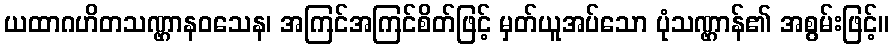
ယထာဂဟိတသဏ္ဌာနဝသေန၊ အကြင်အကြင်စိတ်ဖြင့် မှတ်ယူအပ်သော ပုံသဏ္ဌာန်၏ အစွမ်းဖြင့်။